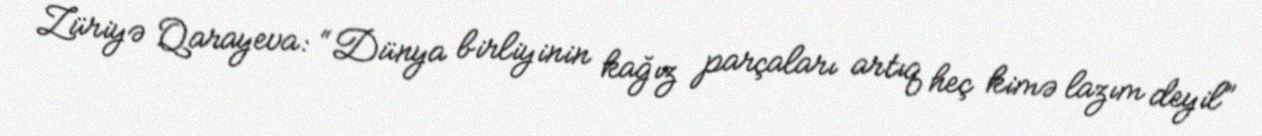
Züriyə Qarayeva: “Dünya birliyinin kağız parçaları artıq heç kimə lazım deyil”